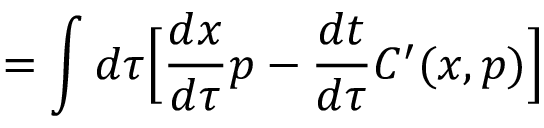
= \int d \tau { \Big [ } { \frac { d x } { d \tau } } p - { \frac { d t } { d \tau } } C ^ { \prime } ( x , p ) { \Big ] }